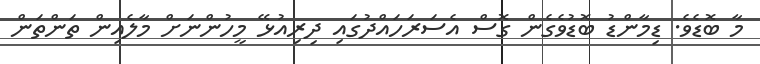
މާ ބޮޑެވެ. ޑިމާންޑު ބޮޑުވެގެން ގޮސް އެސަރަހައްދުގައި ދިރިއުޅޭ މީހުންނަށް މާލެއިން ތަންތަން